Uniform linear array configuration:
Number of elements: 24
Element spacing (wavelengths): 0.25
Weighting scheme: binomial
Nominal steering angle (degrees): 15
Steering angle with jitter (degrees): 16.02
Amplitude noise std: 0.05
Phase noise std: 0.05

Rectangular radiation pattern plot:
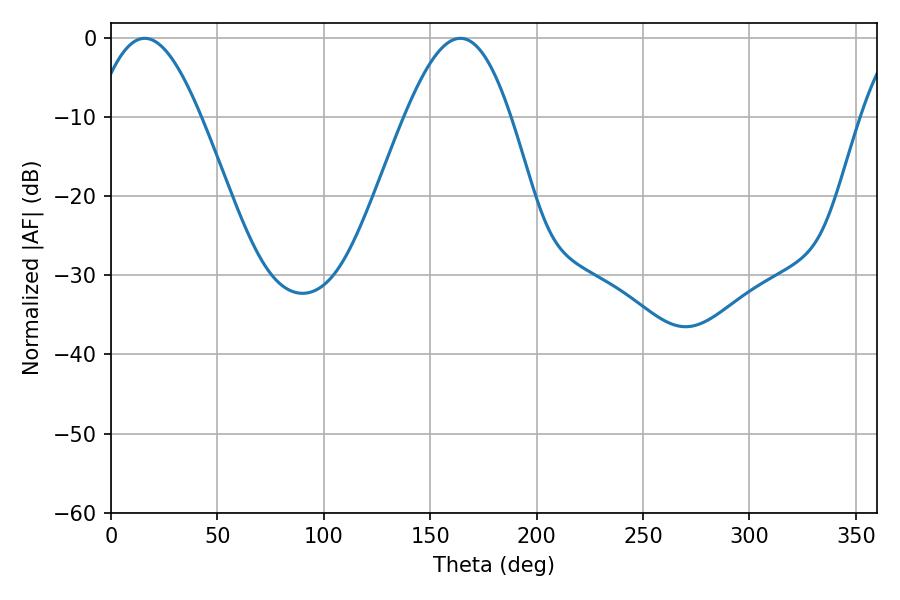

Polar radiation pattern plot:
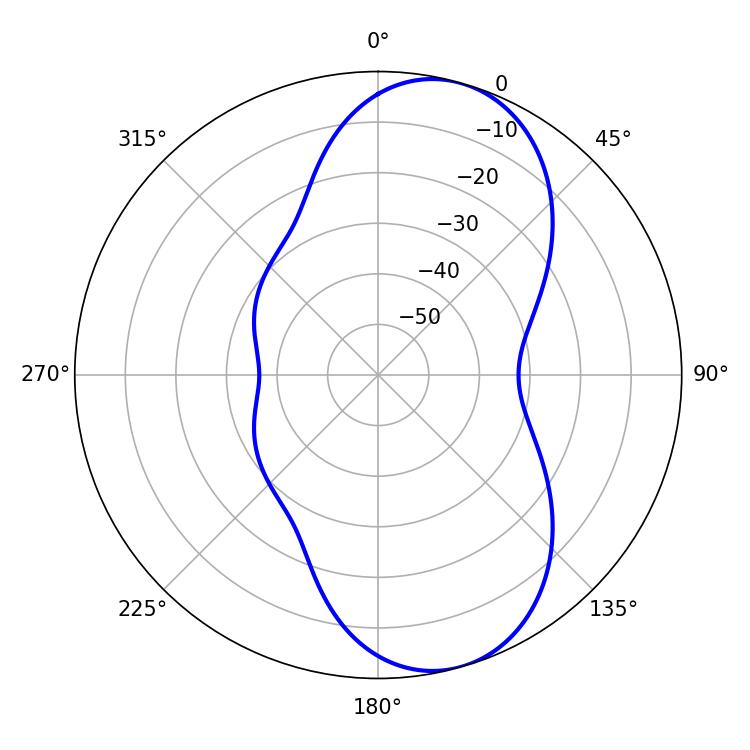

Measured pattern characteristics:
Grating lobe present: FALSE
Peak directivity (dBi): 8.431
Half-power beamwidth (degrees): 26.82
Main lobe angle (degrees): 15.84